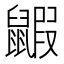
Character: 𪕰